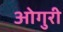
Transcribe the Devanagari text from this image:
ओगुरी